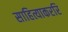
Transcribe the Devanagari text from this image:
साहित्याकररि